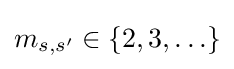
m_{s,s'}\in \{2,3,\ldots \}